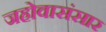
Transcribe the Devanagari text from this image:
जहोवासंसार